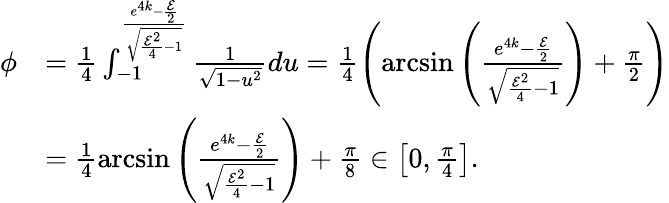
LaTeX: \begin{array}{rl}{\phi}&{=\frac{1}{4}\int_{-1}^{\frac{e^{4k}-\frac{\mathcal{E}}{2}}{\sqrt{\frac{\mathcal{E}^{2}}{4}-1}}}\frac{1}{\sqrt{1-u^{2}}}du=\frac{1}{4}\left(\arcsin\left({\frac{e^{4k}-\frac{\mathcal{E}}{2}}{\sqrt{\frac{\mathcal{E}^{2}}{4}-1}}}\right)+\frac{\pi}{2}\right)}\\ &{=\frac{1}{4}\arcsin\left({\frac{e^{4k}-\frac{\mathcal{E}}{2}}{\sqrt{\frac{\mathcal{E}^{2}}{4}-1}}}\right)+\frac{\pi}{8}\in\left[0,\frac{\pi}{4}\right].}\end{array}